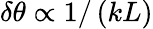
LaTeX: \delta\theta\propto 1/\left(kL\right)